On a parasite found in persons suffering from enlargement of the spleen in India, second report - Number 11
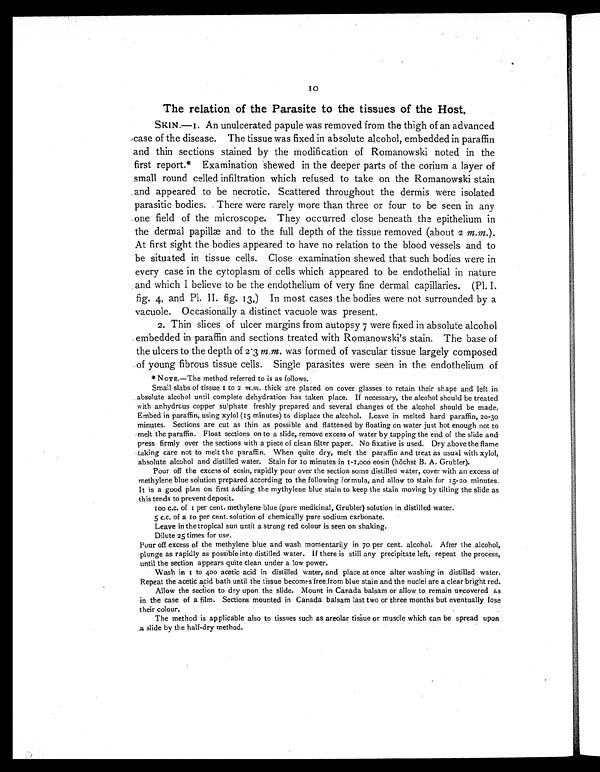
The relation of the Parasite to the tissues of the Host.
10
SKIN.—1. An unulcerated papule was removed from the thigh of an advanced
case of the disease. The tissue was fixed in absolute alcohol, embedded in paraffin
and thin sections stained by the modification of Romanowski noted in the
first report.* Examination shewed in the deeper parts of the corium a layer of
small round celled infiltration which refused to take on the Romanowski stain
and appeared to be necrotic. Scattered throughout the dermis were isolated
parasitic bodies. There were rarely more than three or four to be seen in any
one field of the microscope. They occurred close beneath the epithelium in
the dermal papillæ and to the full depth of the tissue removed (about 2 m.m. ).
At first sight the bodies appeared to have no relation to the blood vessels and to
be situated in tissue cells. Close examination shewed that such bodies were in
every case in the cytoplasm of cells which appeared to be endothelial in nature
and which I believe to be the endothelium of very fine dermal capillaries. (Pl. I.
fig. 4, and Pl. II. fig. 13.) In most cases the bodies were not surrounded by a
vacuole. Occasionally a distinct vacuole was present.
2. Thin slices of ulcer margins from autopsy 7 were fixed in absolute alcohol
embedded in paraffin and sections treated with Romanowski's stain. The base of
the ulcers to the depth of 2 . 3 m.m. was formed of vascular tissue largely composed
of young fibrous tissue cells. Single parasites were seen in the endothelium of
* NOTE.—The method referred to is as follows.
Small slabs of tissue 1 to
2
m
.m. thick are placed on cover glasses to retain their shape and left in
absolute alcohol until complete dehydration has taken place. If necessary, the alcohol should be treated
with anhydrous copper sulphate freshly prepared and several changes of the alcohol should be made.
Embed in paraffin, using xylol (15 minutes) to displace the alcohol. Leave in melted hard paraffin, 20-30
minutes. Sections are cut as thin as possible and flattened by floating on water just hot enough not to
melt the paraffin. Float sections on to a slide, remove excess of water by tapping the end of the slide and
press firmly over the sections with a piece of clean filter paper. No fixative is used. Dry above the flame
taking care not to melt the paraffin. When quite dry, melt the paraffin and treat as usual with xylol,
absolute alcohol and distilled water. Stain for 10 minutes in 1-1,000 eosin (höchst B. A. Grubler).
Pour off the excess of eosin, rapidly pour over the section some distilled water, cover with an excess of
methylene blue solution prepared according to the following formula, and allow to stain for 15-20 minutes.
It is a good plan on first adding the mythylene blue stain to keep the stain moving by tilting the slide as
this tends to prevent deposit.
100 c.c. of 1 per cent. methylene blue (pure medicinal, Grubler) solution in distilled water.
5 c.c. of a 10) per cent. solution of chemically pure sodium carbonate.
Leave in the tropical sun until a strong red colour is seen on shaking.
Dilute 25 times for use.
Pour off excess of the methylene blue and wash momentarily in 70 per cent. alcohol. After the alcohol,
plunge as rapidly as possible into distilled water. If there is still any precipitate left, repeat the process,
until the section appears quite clean under a low power.
Wash in 1 to 400 acetic acid in distilled water, and place at once after washing in distilled water.
Repeat the acetic acid bath until the tissue becomes free from blue stain and the nuclei are a clear bright red.
Allow the section to dry upon the slide. Mount in Canada balsam or allow to remain uncovered as
in the case of a film. Sections mounted in Canada balsam last two or three months but eventually lose
their colour.
The method is applicable also to tissues such as areolar tissue or muscle which can be spread upon
a slide by the half-dry method.